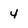
Character: 4